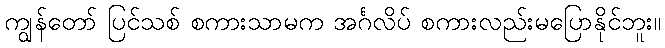
ကျွန်တော် ပြင်သစ် စကားသာမက အင်္ဂလိပ် စကားလည်းမပြောနိုင်ဘူး။